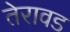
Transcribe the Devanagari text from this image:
तेरावड